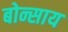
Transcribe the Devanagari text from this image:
बोन्साय